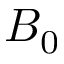
B _ { 0 }